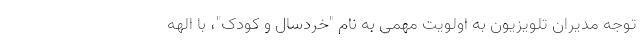
توجه مدیران تلویزیون به اولویت مهمی به نام "خردسال و کودک"، با الهه